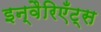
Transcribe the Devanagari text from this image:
इन्वैरिएँट्स